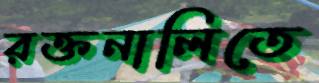
রক্তনালিতে